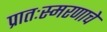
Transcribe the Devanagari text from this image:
प्रातःस्मरणाचे